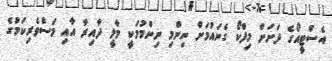
އެސްޓީއޯގެ ދަށަށް މިފްކޯ ގެނައުމަށް ނިންމި ނިންމުމަކީ މާލީ ދާއިރާ އާއި މަސްވެރިކަމުގެ